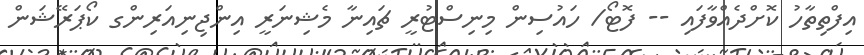
އިފްތިތާހު ކޮށްދެއްވާފައި -- ފޮޓޯ/ ހައުސިން މިނިސްޓުރީ ޗައިނާ މެޝިނަރީ އިންޖިނިއަރިންގ ކޯޕަރޭޝަން